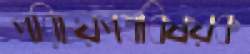
পরিচয়পত্রবিষয়ক